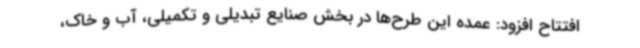
افتتاح افزود: عمده این طرح‌ها در بخش صنایع تبدیلی و تکمیلی، آب و خاک،